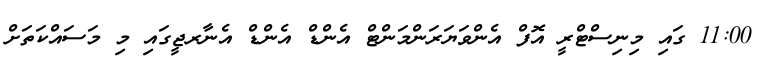
11:00 ގައި މިނިސްޓްރީ އޮފް އެންވަޔަރަންމަންޓް އެންޑް އެންޑް އެނާރޖީގައި މި މަސައްކަތަށް